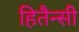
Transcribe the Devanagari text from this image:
हितैन्सी